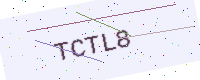
Text: TCTL8